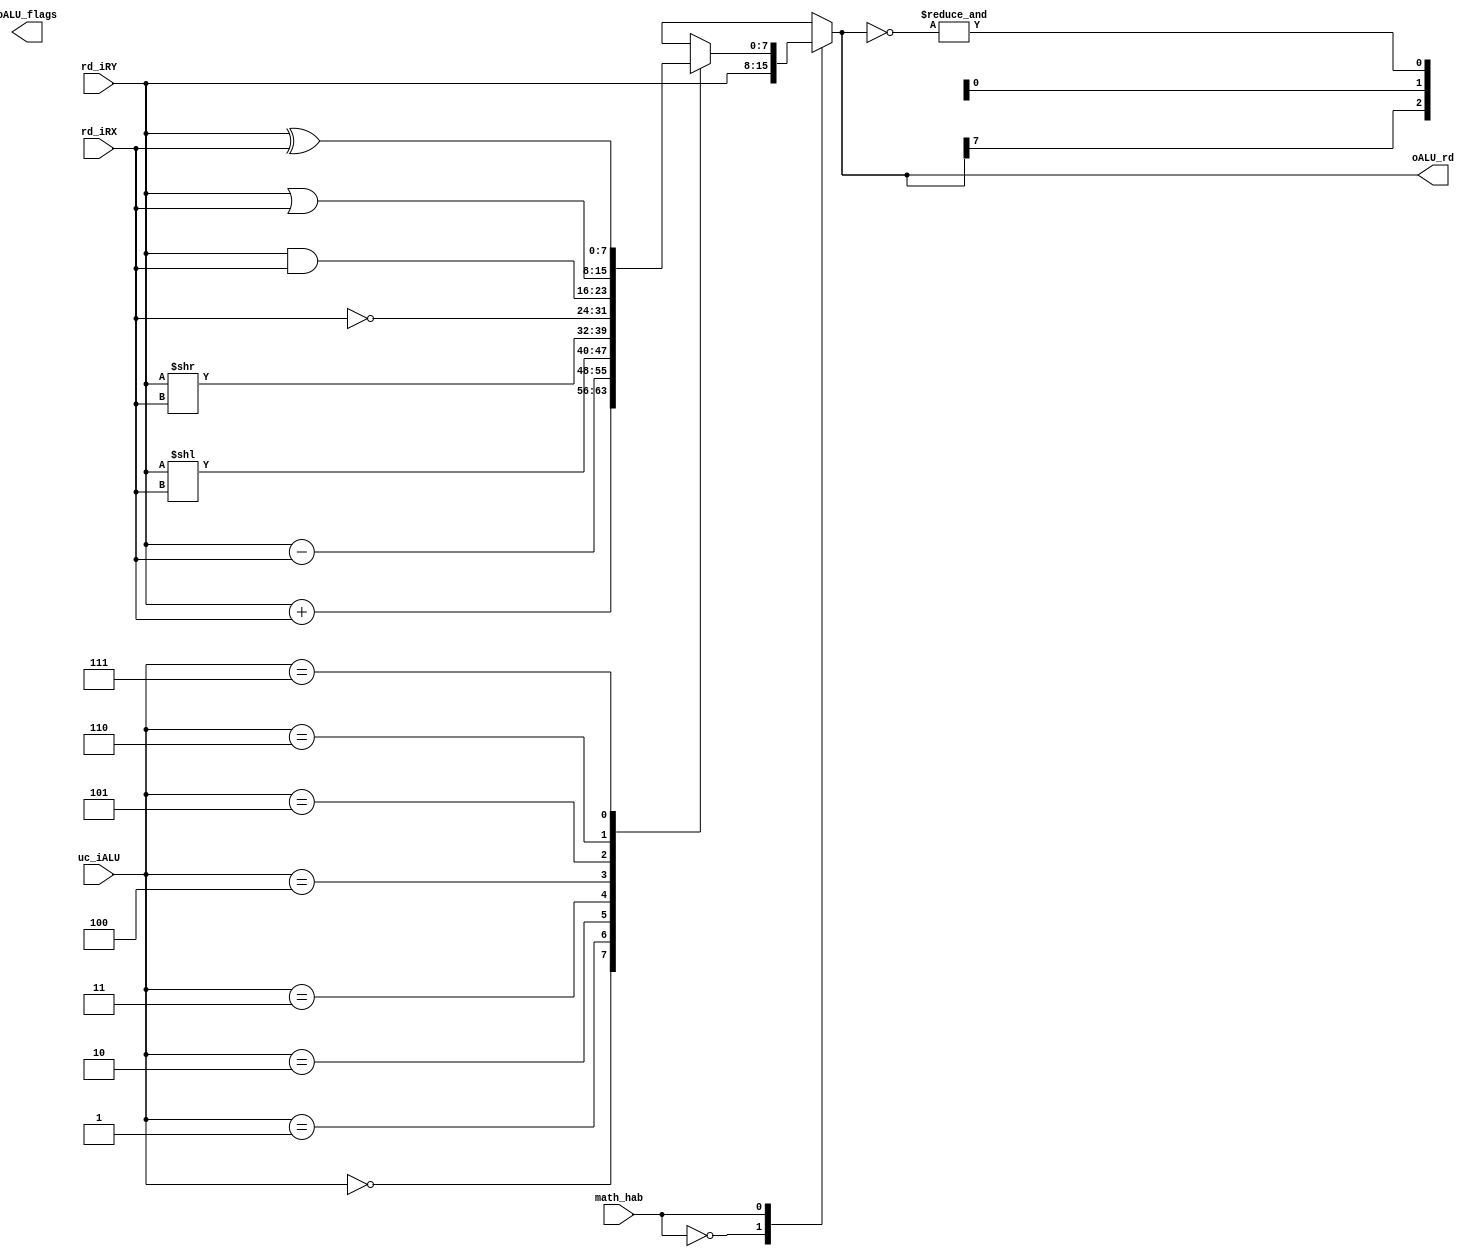
module ALU(
    input [2:0] uc_iALU,
    input [7:0] rd_iRX,
    input [7:0] rd_iRY,
    input math_hab,
    output [2:0] oALU_flags,
    output [7:0] oALU_rd
    );
    
    reg [7:0] Res=0;
    always@(*)
        begin
          case(math_hab)
          1'b0: Res = rd_iRY;
          1'b1:
             case(uc_iALU)
                3'b000: Res <= rd_iRY + rd_iRX;
                3'b001: Res <= rd_iRY - rd_iRX;
                3'b010: Res <= rd_iRY << rd_iRX;
                3'b011: Res <= rd_iRY >> rd_iRX;
                3'b100: Res <= ~rd_iRX;
                3'b101: Res <= rd_iRY & rd_iRX;
                3'b110: Res <= rd_iRY | rd_iRX;
                3'b111: Res <= rd_iRY ^ rd_iRX;
            endcase
          endcase
        end
            assign oALU_rd = Res; 
            assign oALU_flags[0] = &(~Res);
            assign oALU_flags[1] = Res[8];
            assign oALU_flags[2] = Res[7];  
endmodule